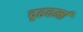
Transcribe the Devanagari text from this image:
दृढवर्मा